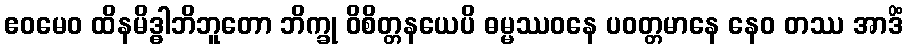
ဧဝမေဝ ထိနမိဒ္ဓါဘိဘူတော ဘိက္ခု ဝိစိတ္တနယေပိ ဓမ္မဿဝနေ ပဝတ္တမာနေ နေဝ တဿ အာဒိံ